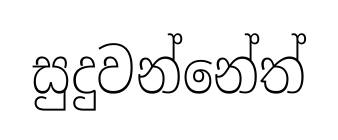
සුදුවන්නේත්